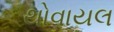
થોવાયલ